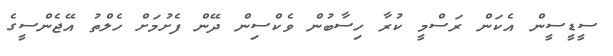
ސީޑީސީން އެކަން ރަސްމީ ކުރާ ހިސާބުން ވެކްސިން ދޭން ފެށުމަށް ހެލްތު އޭޖެންސީގެ